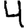
Digit: 4